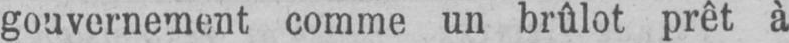
gouvernement comme un brûlot prêt à